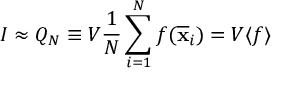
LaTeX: I \approx Q _ { N } \equiv V { \frac { 1 } { N } } \sum _ { i = 1 } ^ { N } f ( { \overline { { \mathbf { x } } } } _ { i } ) = V \langle f \rangle